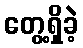
တွေ့ရှိခဲ့